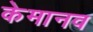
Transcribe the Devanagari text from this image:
केमानव